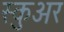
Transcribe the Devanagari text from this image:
स्कुअर